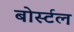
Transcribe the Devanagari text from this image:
बोर्स्टल